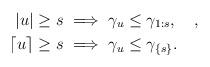
LaTeX: \begin{align*}|u| \ge s &\implies \gamma_u \le \gamma_{1:s},\quad,\\\lceil u\rceil \ge s & \implies \gamma_u \le \gamma_{\{s\}}. \end{align*}